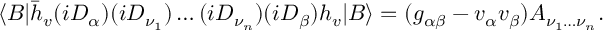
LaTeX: \langle B | \bar { h } _ { v } ( i D _ { \alpha } ) ( i D _ { \nu _ { 1 } } ) \dots ( i D _ { \nu _ { n } } ) ( i D _ { \beta } ) h _ { v } | B \rangle = ( g _ { \alpha \beta } - v _ { \alpha } v _ { \beta } ) { \cal A } _ { \nu _ { 1 } \dots \nu _ { n } } .